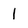
Character: 1